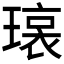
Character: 𬎊